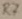
Text: R7